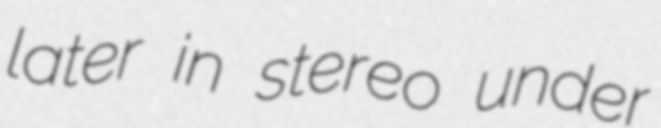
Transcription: later in stereo under